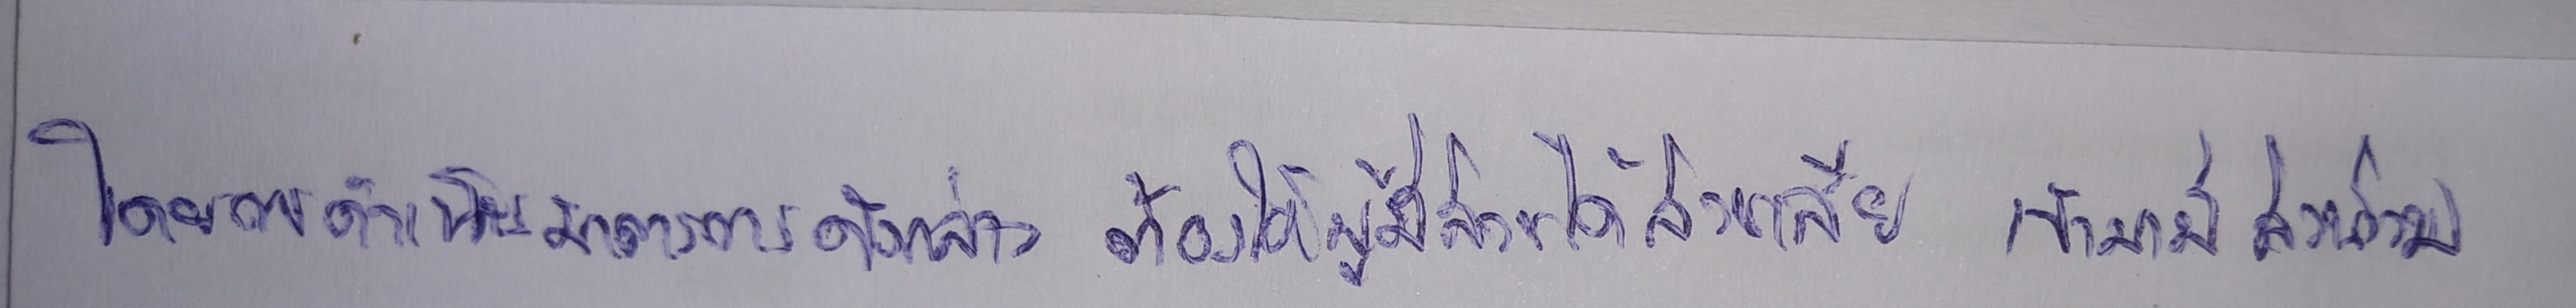
โดยการดำเนินมาตรการดังกล่าวต้องให้ผู้มีส่วนได้ส่วนเสียเข้ามามีส่วนร่วม